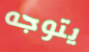
يتوجه